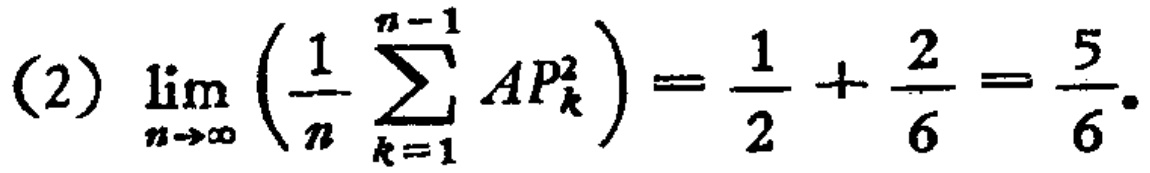
(2) \(\lim_{n \to \infty} \left(\frac{1}{n} \sum_{k = 1}^{n - 1} AP_{k}^{2}\right)=\frac{1}{2}+\frac{2}{6}=\frac{5}{6}\).